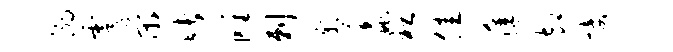
溺雩荣睹雕剌燹蠡袒佳藤却接